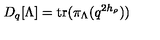
D _ { q } [ \Lambda ] = \mathrm { t r } ( \pi _ { \Lambda } ( q ^ { 2 h _ { \rho } } ) )